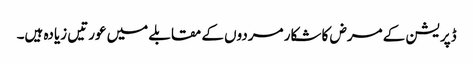
ڈپریشن کے مرض کا شکار مردوں کے مقابلے میں عورتیں زیادہ ہیں۔